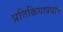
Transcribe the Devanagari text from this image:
प्रतिक्रियाप्रधान